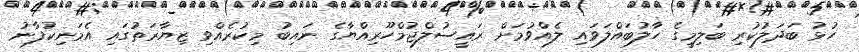
ހުޅު ބަދަލުކުރި ބަލިމީގެ ހާލުބައްލަވައި ލެއްވުމަށް ރައީސުލްޖުމްހޫރިއްޔާގެ ނައިބު މިކުރެއްވި ޒިޔާރަތުގައި އެމަނިކުފާނު